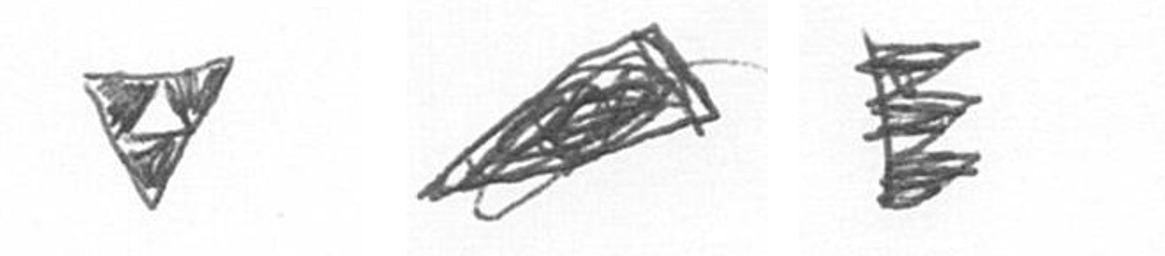
S O H